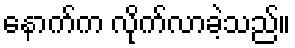
နောက်က လိုက်လာခဲ့သည်။